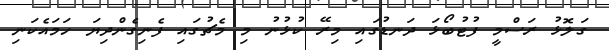
ގަލޮޅު ރަސްމީ ފުޓުބޯޅަ ދަނޑުގައި މިރޭ ކުޅުނު މި މެޗުގައި ފެނިގެންދިޔަ ހަމައެކަނި